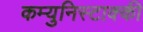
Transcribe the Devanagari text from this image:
कम्युनिस्टाक्की